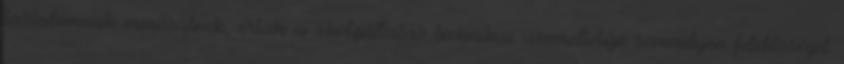
tartalomnak minősülnek, értük a szolgáltatás technikai üzemeltetője semmilyen felelősséget